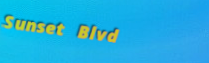
Sunset Blvd